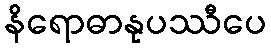
နိရောဓာနုပဿီပေ